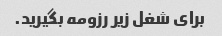
برای شغل زیر رزومه بگیرید.